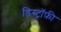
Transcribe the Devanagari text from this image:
डिस्ट्रॉफ़ी